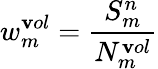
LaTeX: w_{m}^{\mathbf{v}ol}=\frac{{S_{m}^{n}}}{{N_{m}^{\mathbf{v}ol}}}